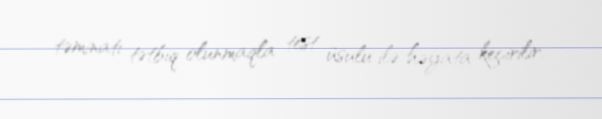
təminatı tətbiq olunmaqla test üsulu ilə həyata keçirilir.